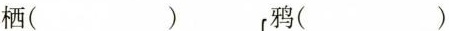
栖( )鸦( )